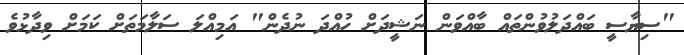
"ސިޔާސީ ބައްދަލުވުންތައް ބާއްވަން ނަޝީދަށް ހުއްދަ ނުދެން" އަމިއްލަ ސަލާމަތަށް ކަމަށް ވިދާޅުވެ